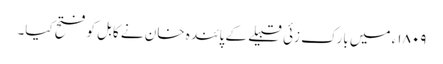
۱۸۰۹ء میں بارک زئی قبیلے کے پائندہ خان نے کابل کو فتح کیا۔